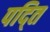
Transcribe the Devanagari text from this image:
पद्ति